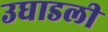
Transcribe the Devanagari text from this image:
उघाडली